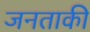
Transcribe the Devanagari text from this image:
जनताकी